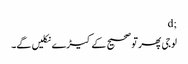
;d
لوجی پھر تو صحیح کے کیڑے نکلیں گے۔